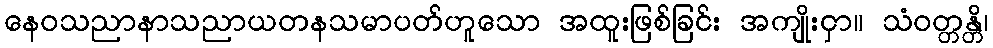
နေဝသညာနာသညာယတနသမာပတ်ဟူသော အထူးဖြစ်ခြင်း အကျိုးငှာ။ သံဝတ္တန္တိ၊